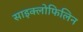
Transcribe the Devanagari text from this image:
साइक्लोफिलिन